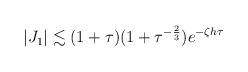
LaTeX: \begin{align*} \begin{aligned} \vert J_1 \vert \lesssim (1+\tau)(1+\tau^{-\frac{2}{3}})e^{-\zeta h\tau} \end{aligned} \end{align*}